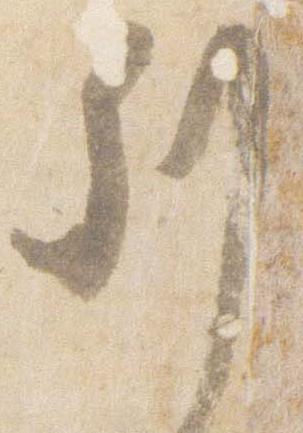
列